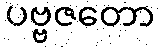
ပဗ္ဗဇတော